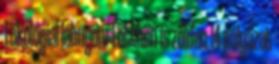
1 ökológiai lábnyom 1 otthon is zölden 14 pályázat